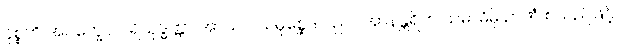
ဝုစ္စတိ အဝက္ခေပ ပရိသုဒ္ဓတ္တာ အာသဝ သမုစ္ဆေဒ ပညာ အာနန္တရိက သမာဓိမှိ ဉာဏံ စသည်ဖြင့်